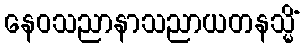
နေဝသညာနာသညာယတနသ္မိံ